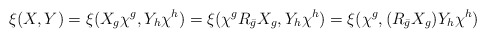
\begin{align*}\xi(X,Y)=\xi(X_g\chi^g,Y_h\chi^h)=\xi(\chi^gR_{\bar{g}}X_g,Y_h\chi^h) =\xi(\chi^g,(R_{\bar{g}}X_g)Y_h\chi^h)\end{align*}